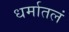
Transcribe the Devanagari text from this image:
धर्मातलं